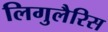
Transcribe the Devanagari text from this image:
लिगुलैरिस